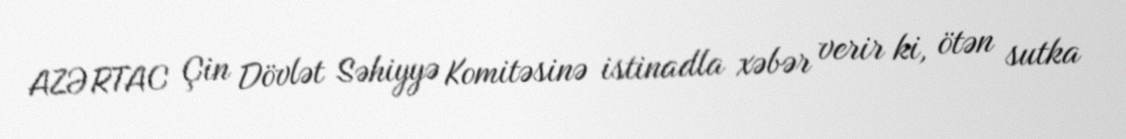
AZƏRTAC Çin Dövlət Səhiyyə Komitəsinə istinadla xəbər verir ki, ötən sutka